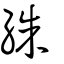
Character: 絑